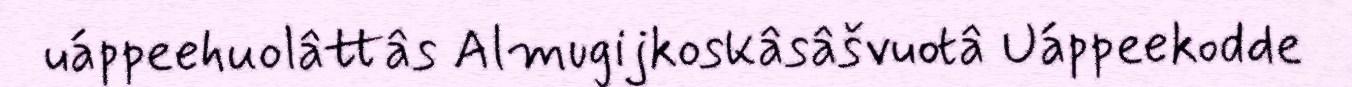
uáppeehuolâttâs Almugijkoskâsâšvuotâ Uáppeekodde